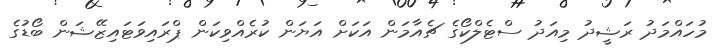
މުހައްމަދު ރަޝީދު މިއަދު ސްޓެލްކޯގެ ޗެއާމަން އަކަށް އަޔަން ކުރެއްވިކަން ޕްރައިވަޓައިޒޭޝަން ބޯޑުގެ